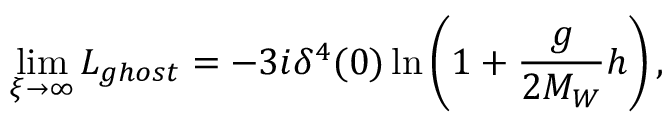
\operatorname * { l i m } _ { \xi \to \infty } { \cal L } _ { g h o s t } = - 3 i \delta ^ { 4 } ( 0 ) \ln \left( 1 + \frac { g } { 2 M _ { W } } h \right) ,